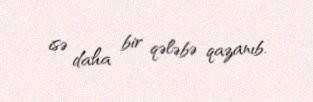
isə daha bir qələbə qazanıb.